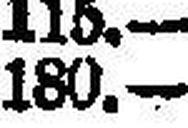
180.—